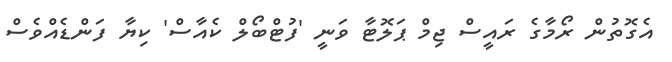
އެގޮތުން ރޯމާގެ ރައީސް ޖިމް ޕަލޮޓާ ވަނީ 'ފުޓްބޯލް ކެއާސް' ކިޔާ ފަންޑެއްވެސް